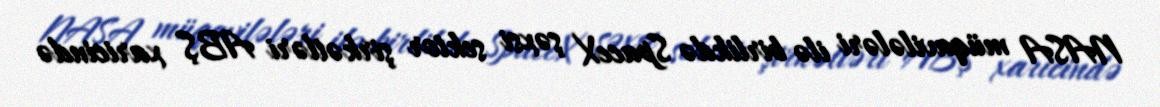
NASA müqavilələri ilə birlikdə SpaceX şəxsi sektor şirkətləri ABŞ xaricində